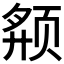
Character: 𱂬